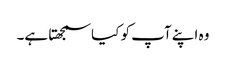
وہ اپنے آپ کو کیا سمجھتا ہے۔